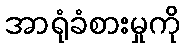
အာရုံခံစားမှုကို